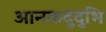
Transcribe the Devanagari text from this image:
आनकदुंदुभि